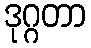
ဒုဂ္ဂတာ